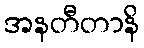
အနတီတာနိ